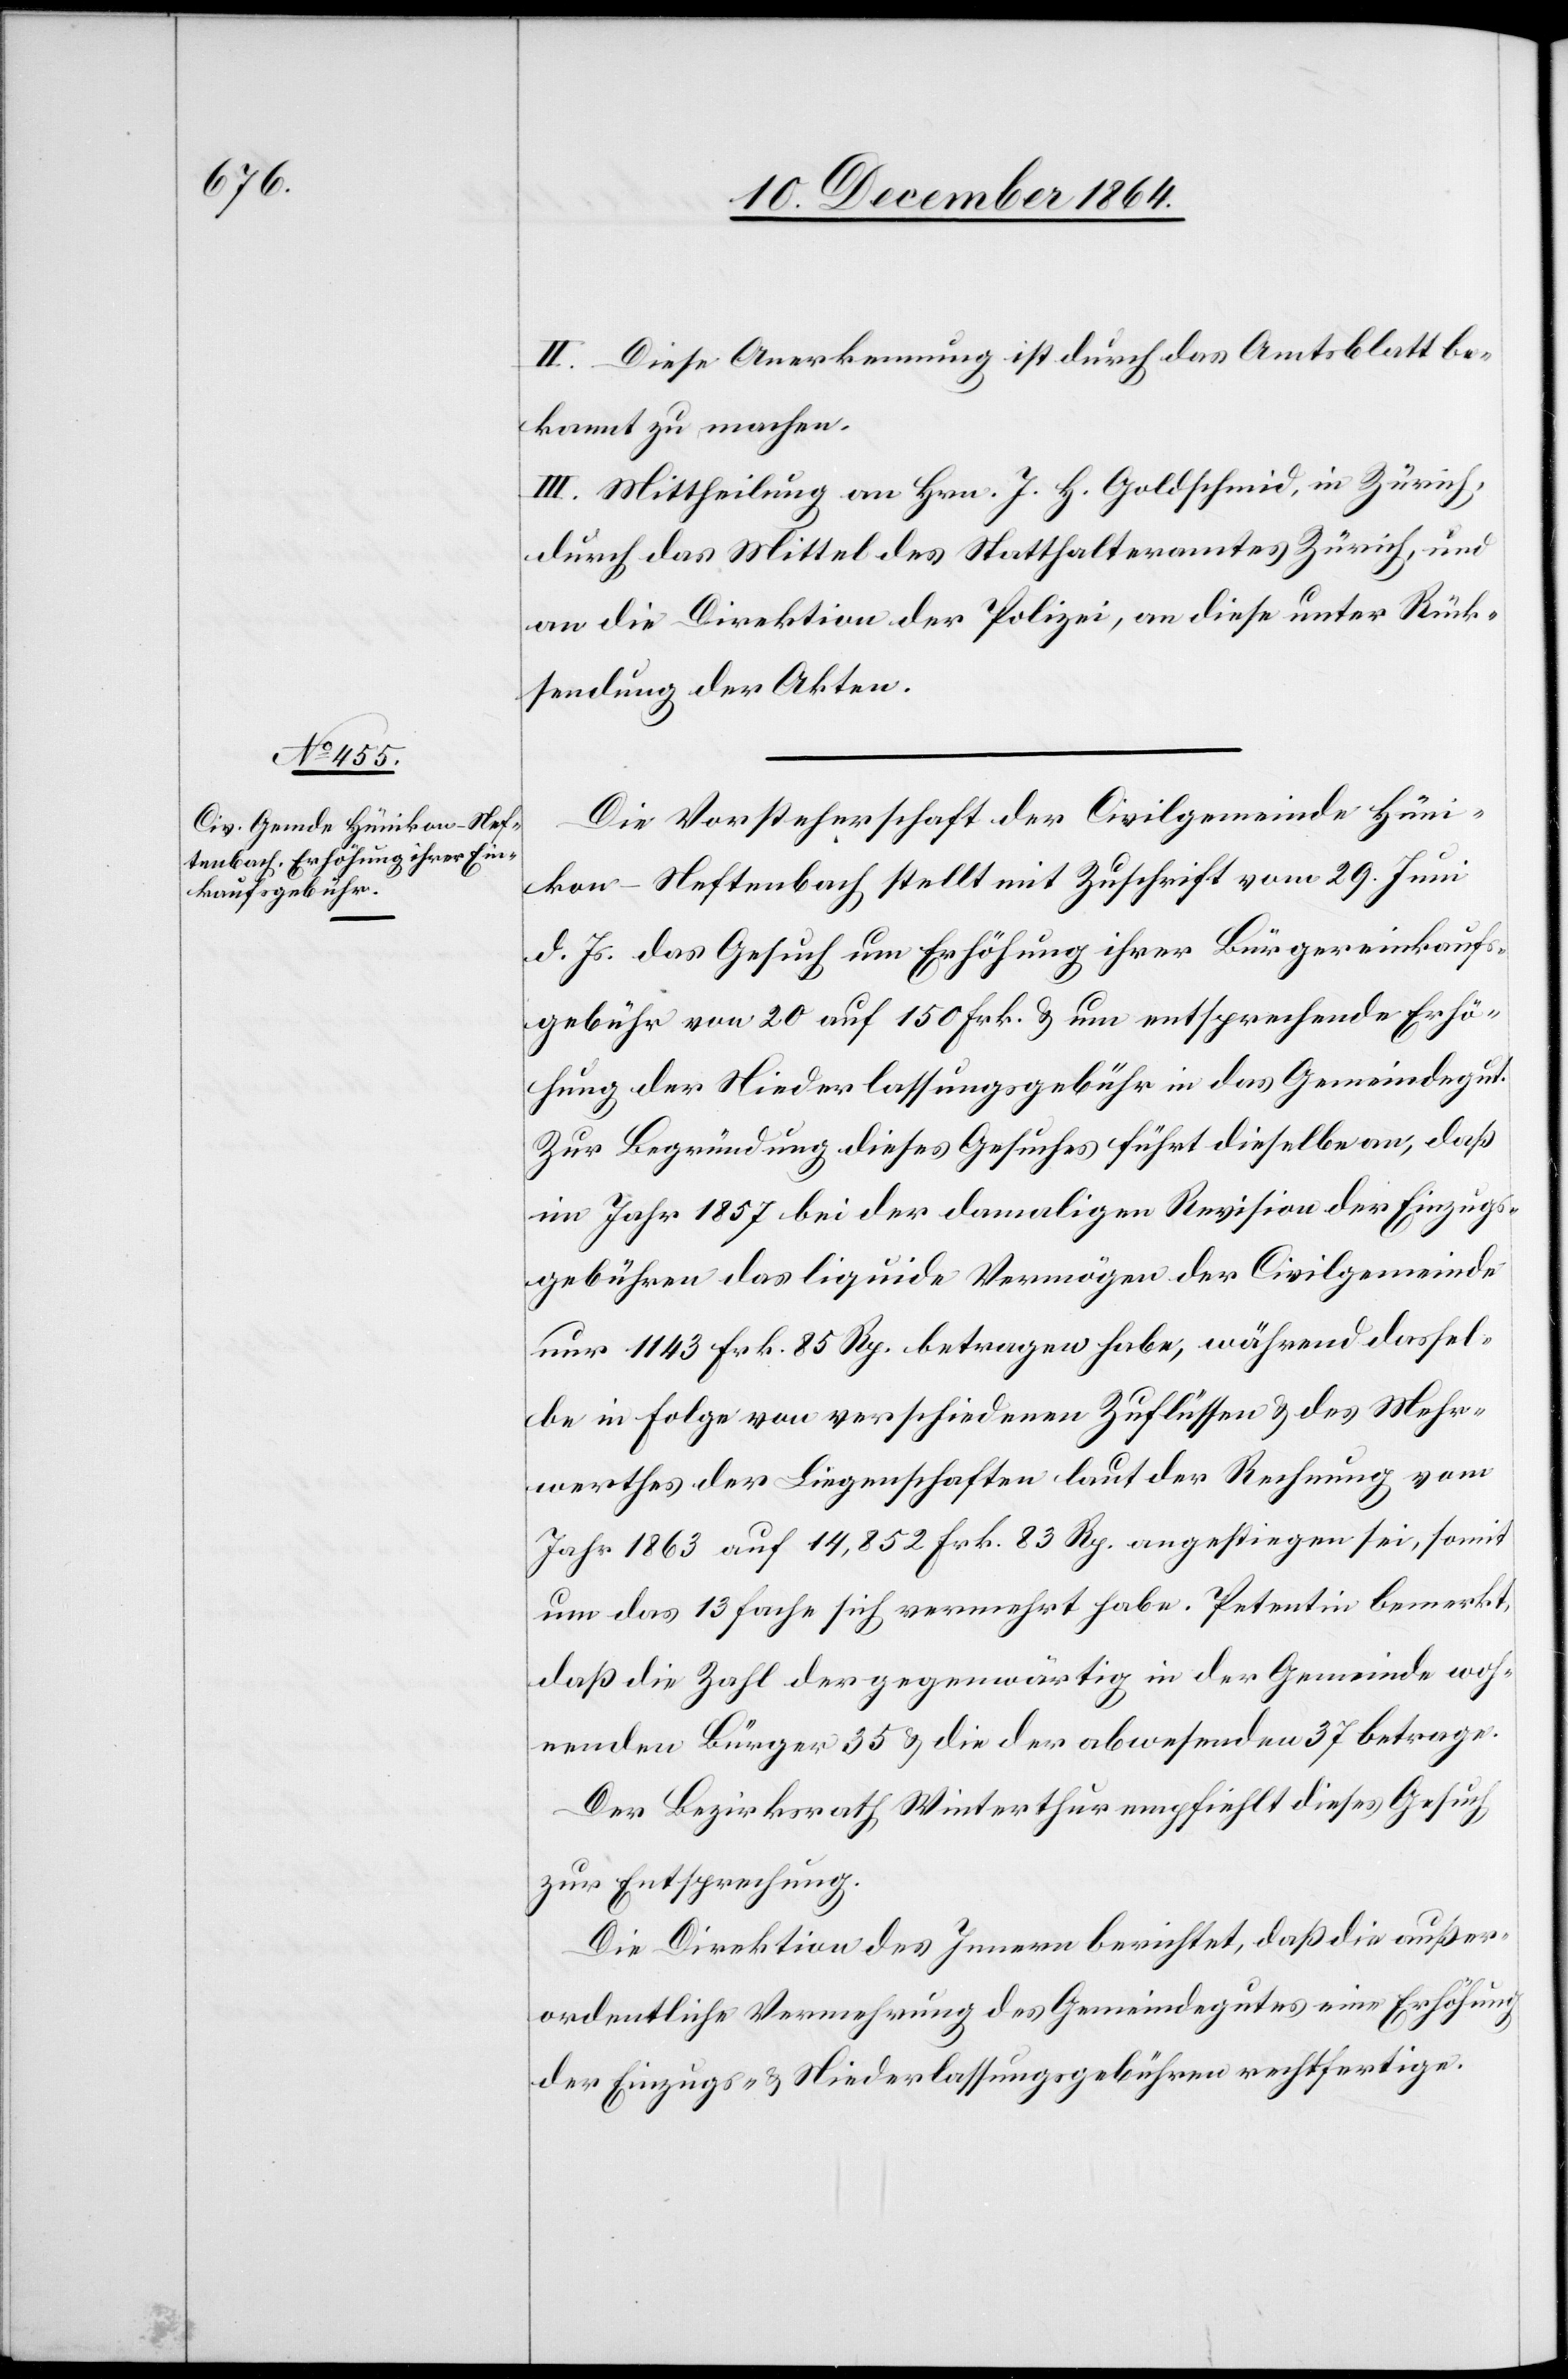
II. Diese Anerkennung ist durch das Amtsblatt be¬
kannt zu machen.
III. Mittheilung an Hrn. J. H. Goldschmid, in Zürich,
durch das Mittel des Statthalteramtes Zürich, und
an die Direktion der Polizei, an diese unter Rück¬
stellung der Akten.
Die Vorsteherschaft der Civilgemeinde Hüni¬
kon-Neftenbach stellt mit Zuschrift vom 29. Juni
d. Js. das Gesuch um Erhöhung ihrer Bürgereinkauf¬
sgebühr von 20 auf 150 Frk. & um entsprechende Erhö¬
hung der Niederlassungsgebühr in das Gemeindegut.
Zur Begründung dieses Gesuches führt dieselbe an, daß
im Jahr 1857 bei der damaligen Revision der Einzugs¬
gebühren das liquide Vermögen der Civilgemeinde
nur 1 143 Frk. 85 Rp. betragen habe, während dassel¬
be in Folge von verschiedenen Zuflüssen & des Mehr¬
werthes der Liegenschaften laut der Rechnung vom
Jahr 1863 auf 14,852 Frk. 83 Rp. angestiegen sei, somit
um das 13fache sich vermehrt habe. Petentin bemerkt,
daß die Zahl der gegenwärtig in der Gemeinde woh¬
nhaften Bürger 35 & die der abwesenden 37 betrage.
Der Bezirksrath Winterthur empfiehlt dieses Gesuch
zur Entsprechung.
Die Direktion des Innern berichtet, daß die außer¬
ordentliche Vermehrung des Gemeindegutes eine Erhöhung
der Einzugs- & Niederlassungsgebühren rechtfertige.